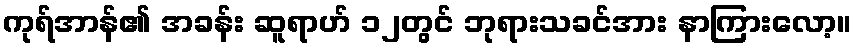
ကုရ်အာန်၏ အခန်း ဆူရာဟ် ၁၂တွင် ဘုရားသခင်အား နာကြားလော့။